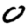
Digit: 0